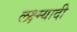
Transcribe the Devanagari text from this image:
लक्ष्म्यादी